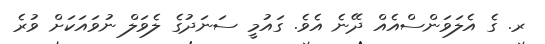
ރ. ގެ އެލަވަންސްއެއް ދޭނެ އެވެ. ގައުމީ ސަނަދުގެ ލެވަލް ނުވައަކަށް ވުރެ